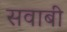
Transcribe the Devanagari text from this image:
सवाबी